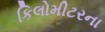
કિલોમીટરના